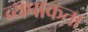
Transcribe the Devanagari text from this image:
व्यपाकता